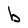
Character: b